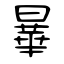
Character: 曅